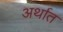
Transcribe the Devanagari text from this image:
अर्थात